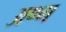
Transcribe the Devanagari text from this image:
अण्ग